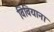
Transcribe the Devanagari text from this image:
विवियाना